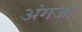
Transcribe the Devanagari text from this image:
अंगजा